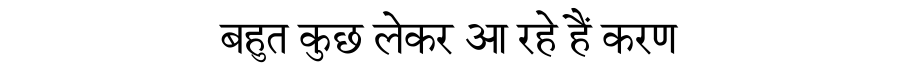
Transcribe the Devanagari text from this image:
बहुत कुछ लेकर आ रहे हैं करण